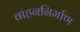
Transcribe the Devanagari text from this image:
वाहननिर्माण